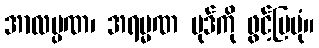
အာလမ္ပဏ၊ အရမ္မဏ ပုဒ်ကို ဖွင့်ပြပုံ။